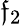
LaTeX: \mathfrak{f}_{2}